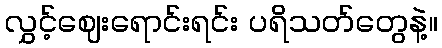
လွှင့်ဈေးရောင်းရင်း ပရိသတ်တွေနဲ့။